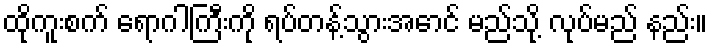
ထိုကူးစက် ရောဂါကြီးကို ရပ်တန့်သွားအောင် မည်သို့ လုပ်မည် နည်း။